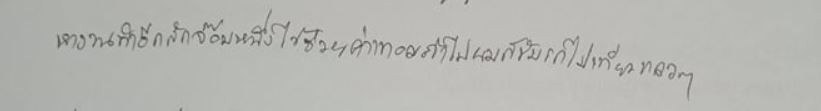
หางานทำอีกสักจ๊อบหนึ่งไว้ช่วยค่าเทอมถ้าไปผมก็ขับรถไปเที่ยวแถวๆ